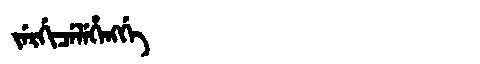
Manchu: ᠵᡝᡵᡤᡳᠴᡝᠯᡝᡥᡝᠩᡤᡝ
Romanization: JERGICELEHENGGE